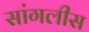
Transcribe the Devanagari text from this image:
सांगलीस